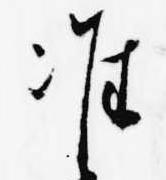
准